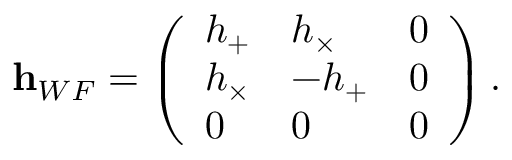
{ \bf h } _ { W F } = \left( \begin{array} { l l l } { h _ { + } } & { h _ { \times } } & { 0 } \\ { h _ { \times } } & { - h _ { + } } & { 0 } \\ { 0 } & { 0 } & { 0 } \end{array} \right) .